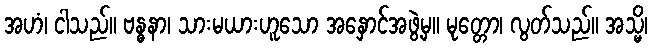
အဟံ၊ ငါသည်။ ဗန္ဓနာ၊ သားမယားဟူသော အနှောင်အဖွဲ့မှ။ မုတ္တော၊ လွတ်သည်။ အသ္မိ၊